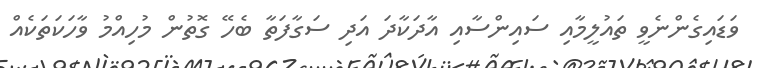
ވަޑައިގެންނެވީ ތައުލީމާއި ސައިންސާއި އާދަކާދަ އަދި ސަގާފަތާ ބެހޭ ގޮތުން މުހިއްމު ވާހަކަތަކެއް